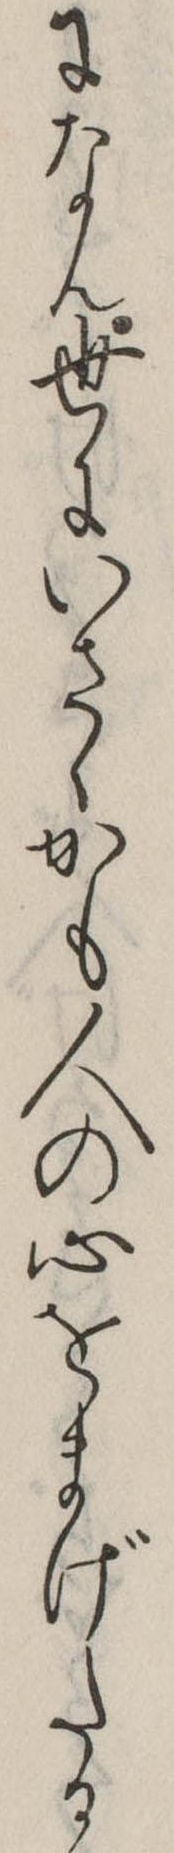
になん世にいさゝかも人の心をまげたる